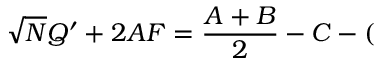
\sqrt { N } { \cal Q } ^ { \prime } + 2 { \cal A F } = \frac { { \cal A } + { \cal B } } { 2 } - { \cal C } - (